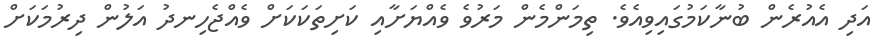
އަދި އެއުރެން ބުނާކަމުގައިވިއެވެ. ތިމަންމެން މަރުވެ ވެއްޔަށާއި ކަށިތަކަކަށް ވެއްޖެހިނދު އަލުން ދިރުމަކަށް